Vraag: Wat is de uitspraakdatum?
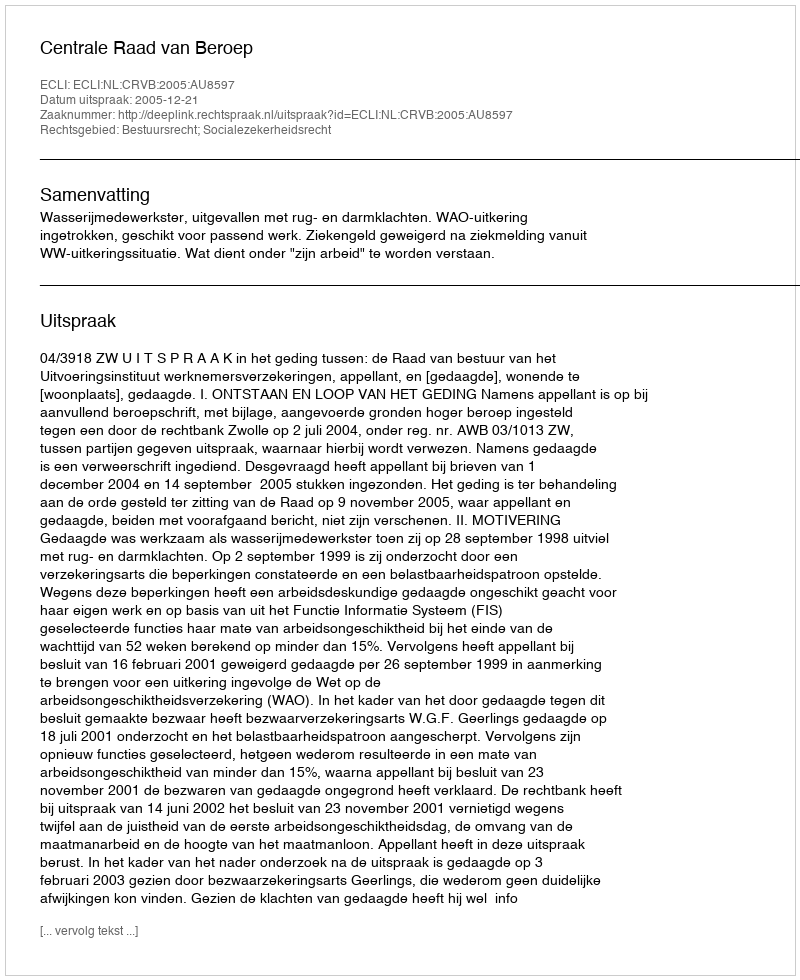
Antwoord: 2005-12-21